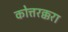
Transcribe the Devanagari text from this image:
कोत्तरक्करा